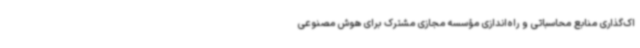
اک‌گذاری منابع محاسباتی و راه‌اندازی مؤسسه مجازی مشترک برای هوش مصنوعی